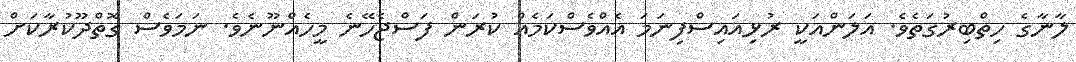
ލާނާގެ ހިތްބިރުގަތެވެ. އަލަންއަކީ ރުޅިއައިސްފިނަމަ އެއްވެސްކަމެއް ކުރަން ފަސްޖެހޭނެ މީހެއްނޫނެވެ. ނަމަވެސް ގޮތްދޫކުރާކަށް